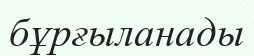
бұрғыланады